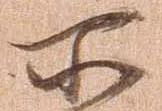
所